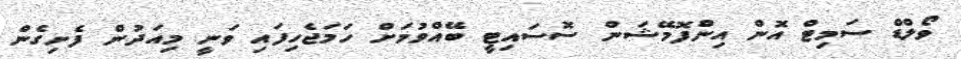
ވޯލްޑް ސަމިޓް އޮން އިންފޮމޭޝަން ސޮސައިޓީ ބޭއްވުމަށް ހަމަޖެހިފައި ވަނީ މިއަދުން ފެށިގެން